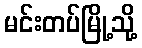
မင်းတပ်မြို့သို့